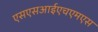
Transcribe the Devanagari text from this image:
एसएसआईएचएमएस